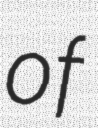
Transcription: of